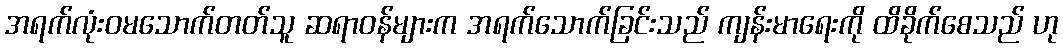
အရက်လုံးဝမသောက်တတ်သူ ဆရာဝန်များက အရက်သောက်ခြင်းသည် ကျန်းမာရေးကို ထိခိုက်စေသည် ဟု